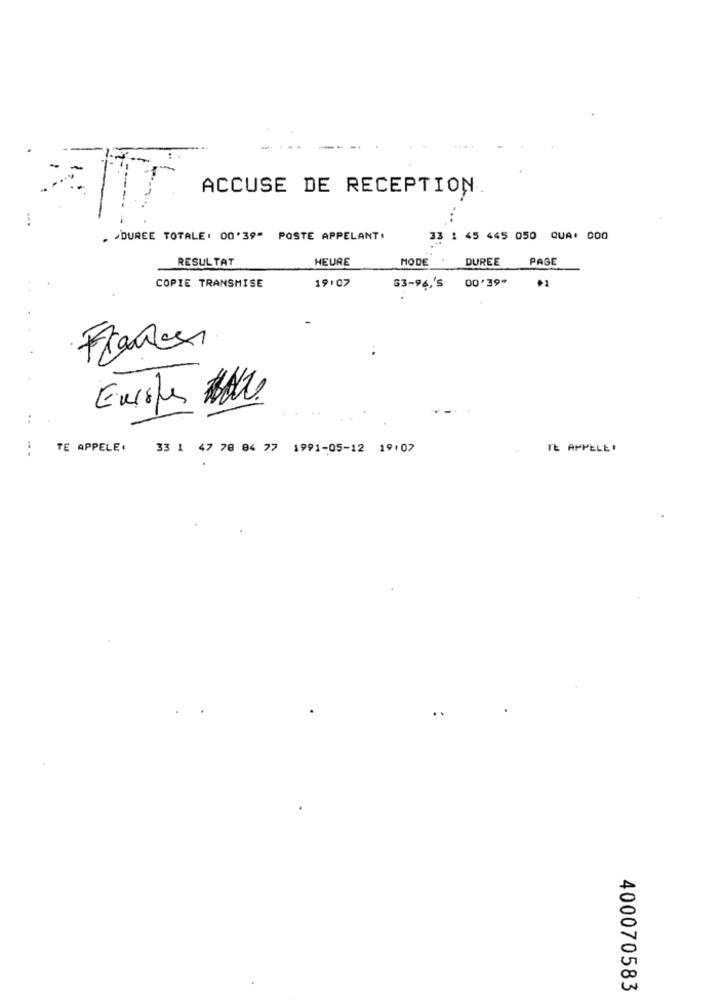
ACCUSE DE RECEPTION
. "DUREE TOTALE: 00'39" POSTE APPELANT.
33 1 45 445 050 QUA: 000
RESULTAT
HEURE
MODE
DUREE
PAGE
19:07
COPIE TRANSMISE
63-96,'S
00'39* * 1
France
TE APPELE.
33 1 47 78 84 77 1991-05-12 19.07
TE APPELE!
400070583